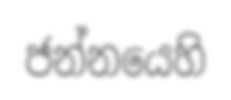
ජන්නයෙහි